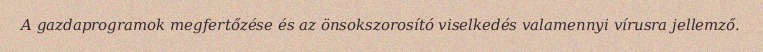
A gazdaprogramok megfertőzése és az önsokszorosító viselkedés valamennyi vírusra jellemző.